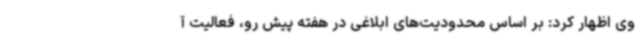
وی اظهار کرد: بر اساس محدودیت‌های ابلاغی در هفته پیش رو، فعالیت آ